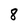
Character: 8